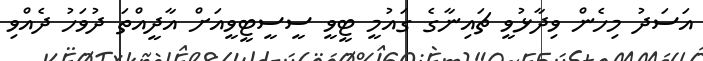
އަސަދު މިހެން ވިދާޅުވީ ޗައިނާގެ ގައުމީ ޓީވީ ސީސީޓީވީއަށް އާދީއްތަ ދުވަހު ދެއްވި